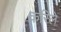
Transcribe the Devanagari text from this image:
करिले